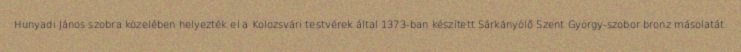
Hunyadi János szobra közelében helyezték el a Kolozsvári testvérek által 1373-ban készített Sárkányölő Szent György-szobor bronz másolatát.